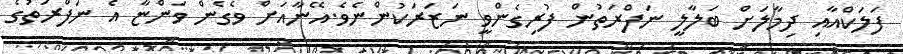
ފަލަކްއާއި ދިމާލަށް ބަލާލީ ނަފްރަތުން ފުރިގެންވީ ނަޒަރަކުންނެވެ.އޭނާއަށް ވެގެން ވަންޏާ އެ ނަފްރަތުގެ